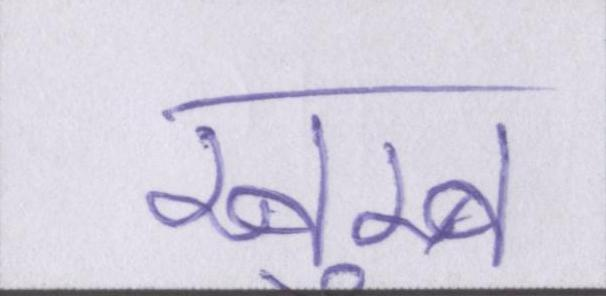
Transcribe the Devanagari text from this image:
खुम्ब